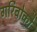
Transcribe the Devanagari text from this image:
गरिबोको